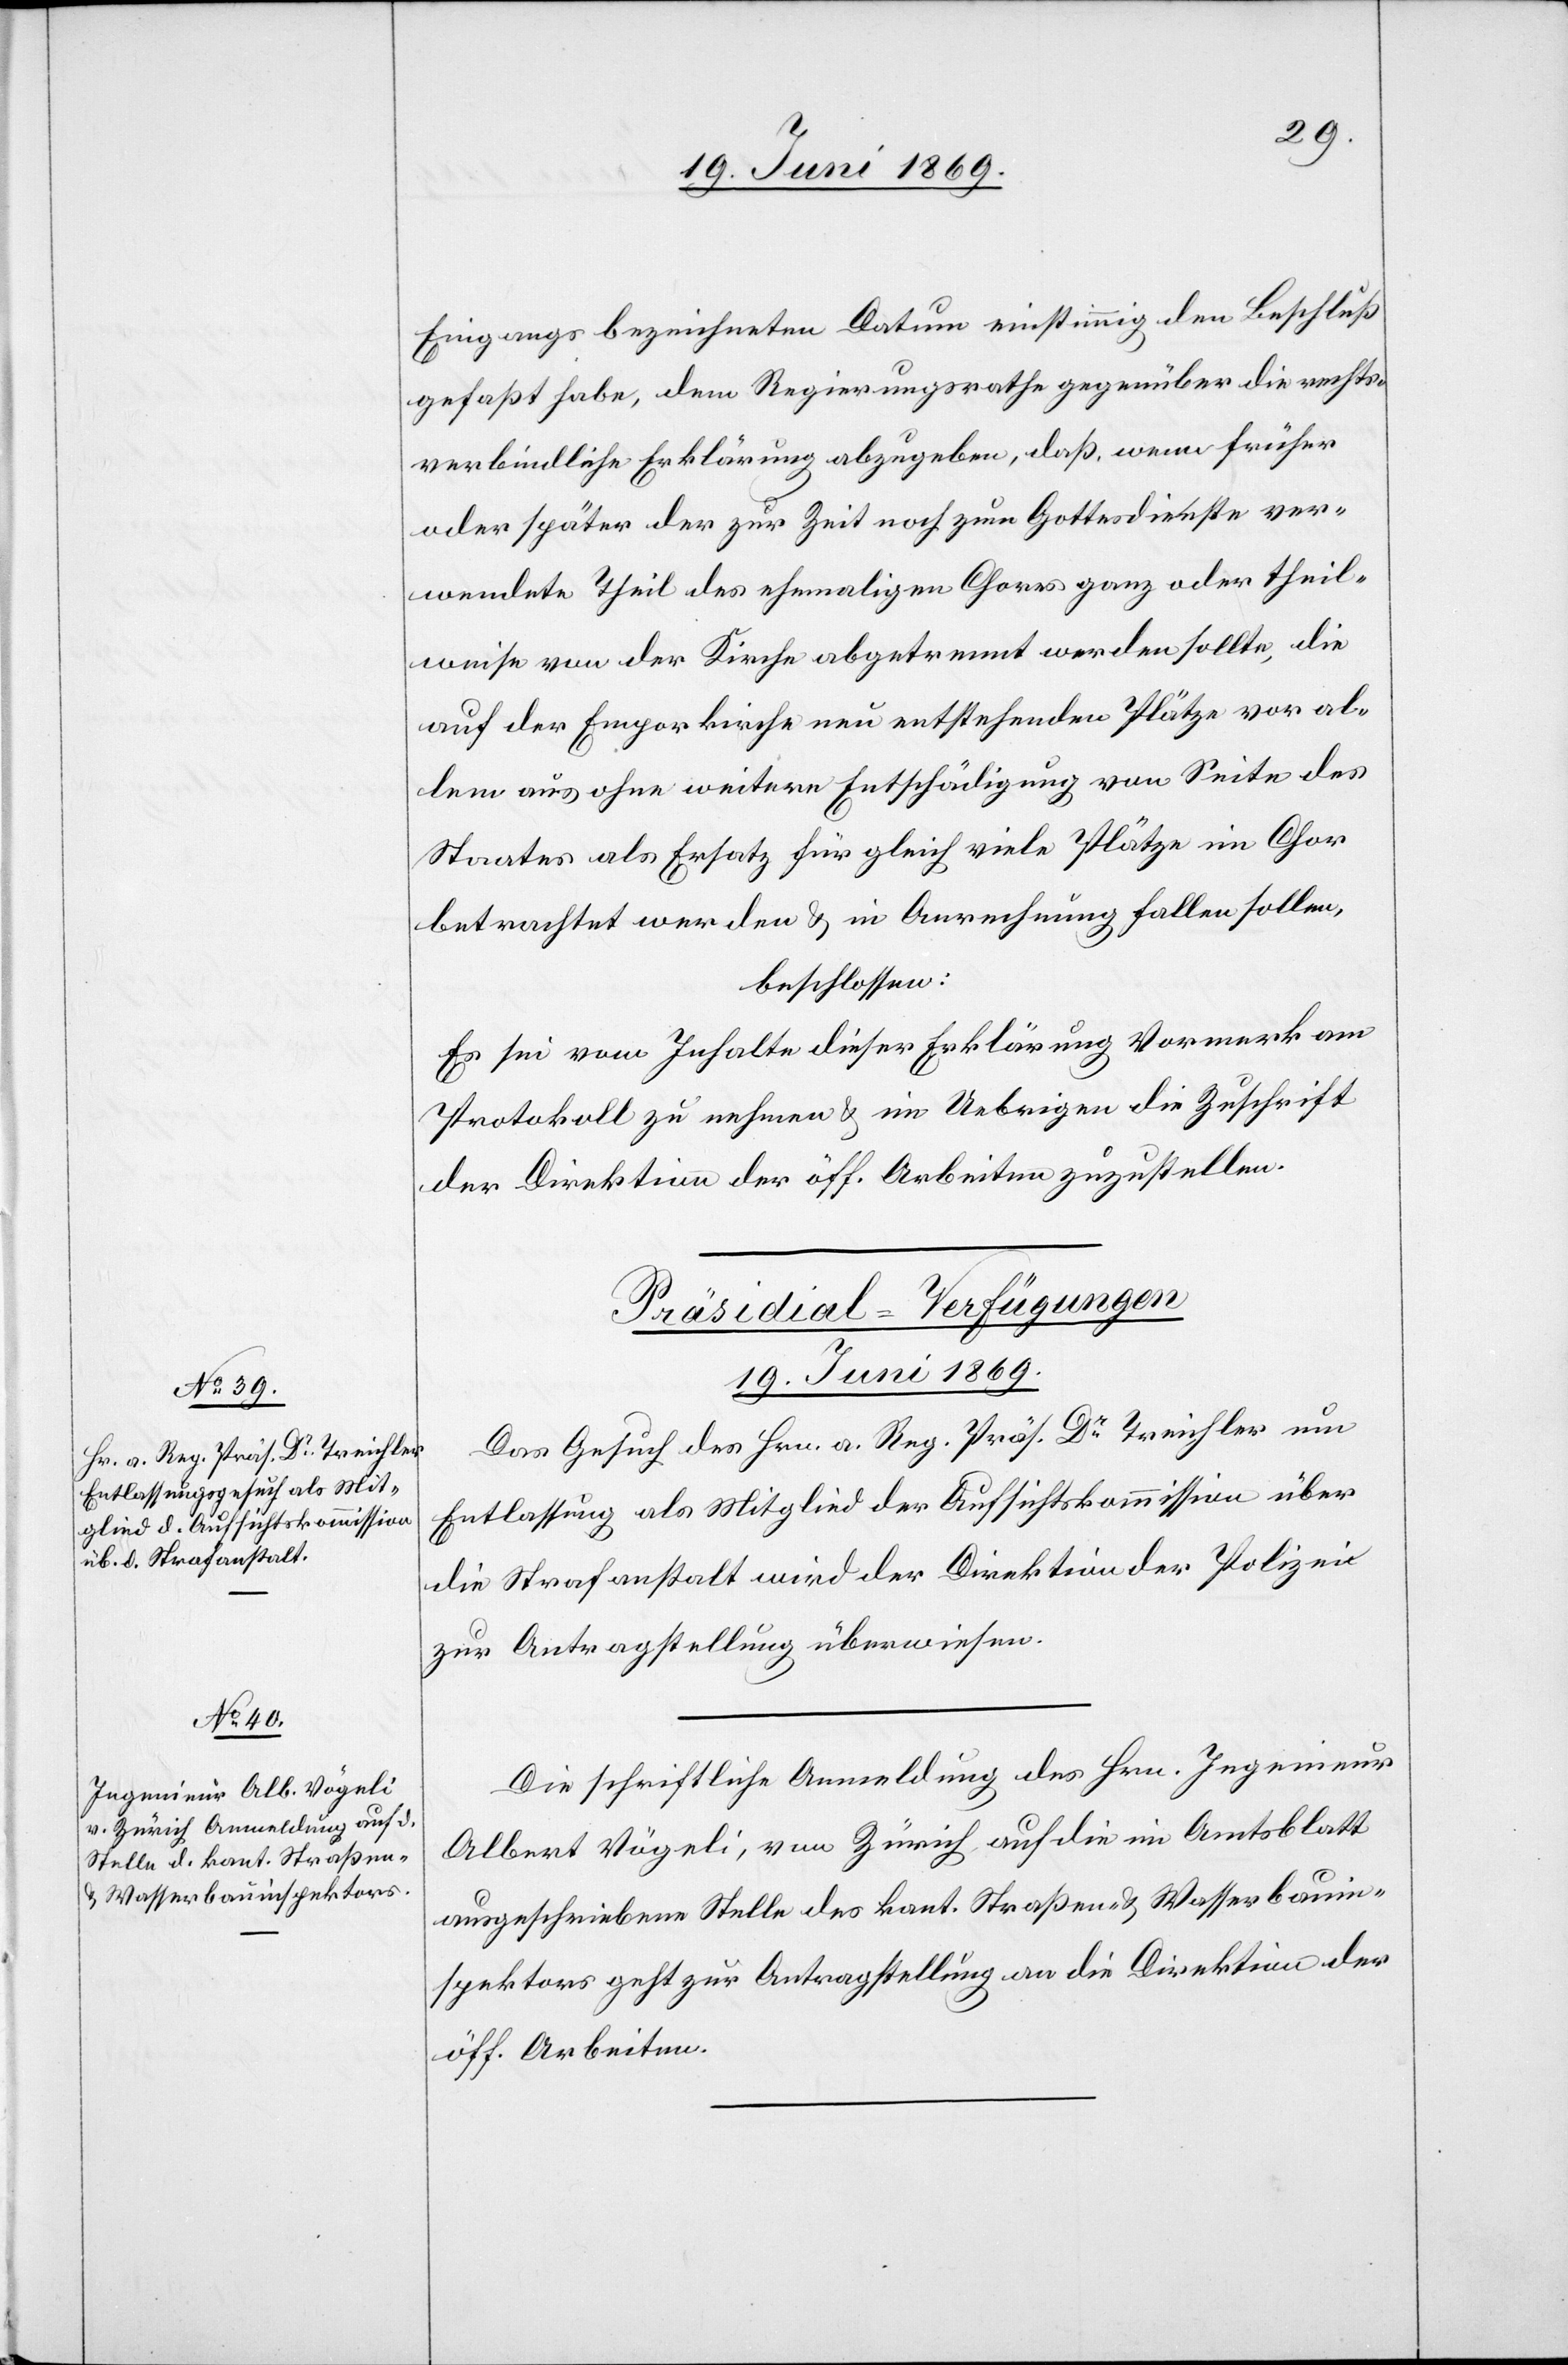
Eingangs bezeichneten Datum einstimmig den Beschluß
gefaßt habe, dem Regierungsrathe gegenüber die rechts¬
verbindliche Erklärung abzugeben, daß, wenn früher
oder später der zur Zeit noch zum Gottesdienste ver¬
wendete Theil des ehemaligen Chores ganz oder theil¬
weise von der Kirche abgetrennt werden sollte, die
auf der Emporkirche neu entstehenden Plätze vor al¬
lem aus ohne weitere Entschädigung von Seite des
Staates als Ersatz für gleich viele Plätze im Chor
betrachtet werden u. in Anrechnung fallen sollen,
beschlossen:
Es sei vom Inhalte dieser Erklärung Vormerk am
Protokoll zu nehmen u. im Uebrigen die Zuschrift
der Direktion der öff. Arbeiten zuzustellen.
[Präsidial-Verfügungen.
19. Juni 1869.]
Das Gesuch des Hrn. a. Reg. Präs. Dr Treichler um
Entlassung als Mitglied der Aufsichtskommission über
die Strafanstalt wird der Direktion der Polizei
zur Antragstellung überwiesen.
Die schriftliche Anmeldung des Hrn. Ingenieur
Albert Vögeli, von Zürich, auf die im Amtsblatt
ausgeschriebene Stelle des kant. Straßen- u. Wasserbauin¬
spektors geht zur Antragstellung an die Direktion der
öff. Arbeiten.